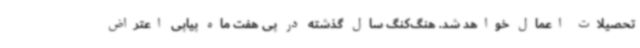
تحصیلات اعمال خواهد شد. هنگ‌کنگ سال گذشته در پی هفت ماه پیاپی اعتراض